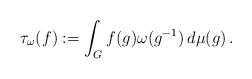
LaTeX: \begin{align*}\tau_{\omega} (f) := \int_G f(g) \omega(g^{-1}) \,d\mu(g)\,.\end{align*}